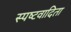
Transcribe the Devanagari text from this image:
स्‍पष्‍टवादिता